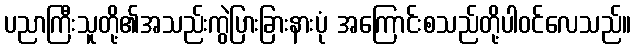
ပညာကြီးသူတို့၏အသည်းကွဲပြားခြားနားပုံ အကြောင်းစသည်တို့ပါဝင်လေသည်။